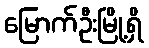
မြောက်ဦးမြို့ရှိ